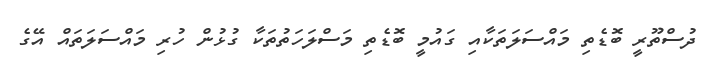
ދުސްތޫރީ ބޮޑެތި މައްސަލަތަކާއި ގައުމީ ބޮޑެތި މަސްލަހަތުތަކާ ގުޅުން ހުރި މައްސަލަތައް އޭގެ